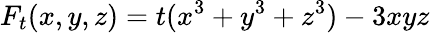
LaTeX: F_{t}(x,y,z)=t(x^{3}+y^{3}+z^{3})-3xyz